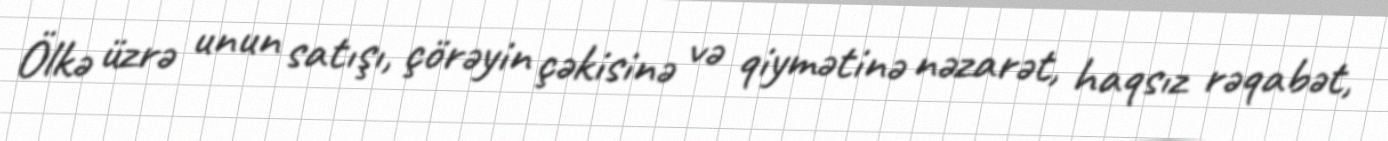
Ölkə üzrə unun satışı, çörəyin çəkisinə və qiymətinə nəzarət, haqsız rəqabət,